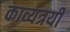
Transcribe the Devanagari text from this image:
काव्यत्रयी